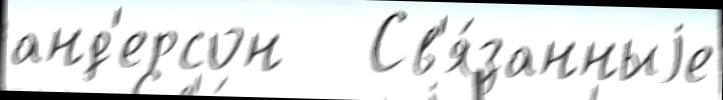
анд'ерсон   Св'я́занныjе